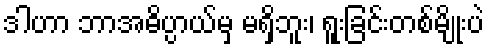
ဒါဟာ ဘာအဓိပ္ပာယ်မှ မရှိဘူး၊ ရူးခြင်းတစ်မျိုးပဲ